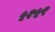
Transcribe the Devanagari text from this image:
५२५९